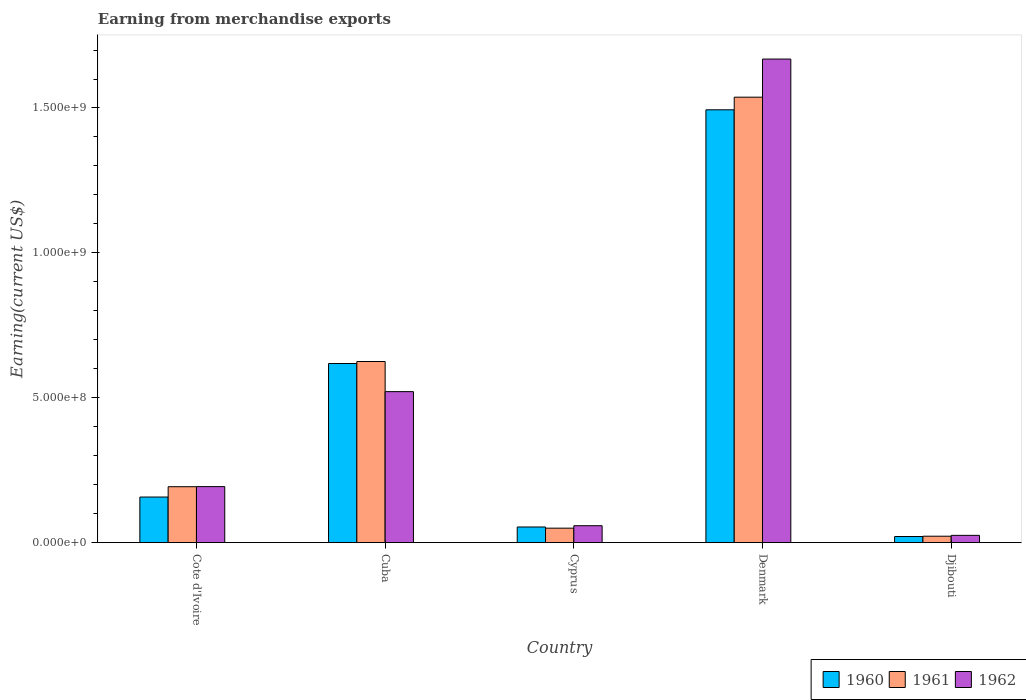
| Country | 1960 | 1961 | 1962 |
 | --- | --- | --- | --- |
 | Cote d'Ivoire | 1.57e+08 | 1.93e+08 | 1.93e+08 |
 | Cuba | 6.18e+08 | 6.25e+08 | 5.21e+08 |
 | Cyprus | 5.38e+07 | 4.98e+07 | 5.82e+07 |
 | Denmark | 1.49e+09 | 1.54e+09 | 1.67e+09 |
 | Djibouti | 2.1e+07 | 2.2e+07 | 2.5e+07 |